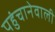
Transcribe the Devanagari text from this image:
पहुंचानेवाली